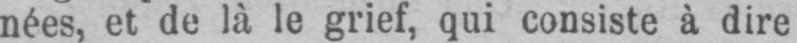
nées, et de là le grief, qui consiste à dire